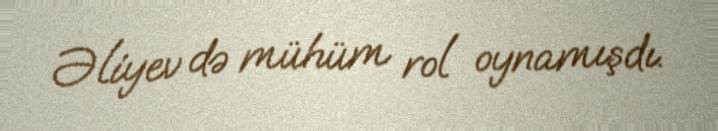
Əliyev də mühüm rol oynamışdı.